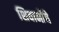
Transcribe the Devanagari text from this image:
शिवानींचे